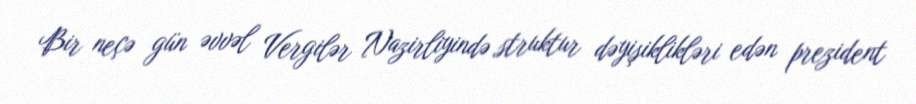
Bir neçə gün əvvəl Vergilər Nazirliyində struktur dəyişiklikləri edən prezident